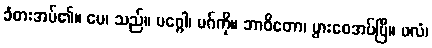
ခံစားအပ်၏။ မေ၊ သည်။ မဂ္ဂေါ၊ မဂ်ကို။ ဘာဝိတော၊ ပွားစေအပ်ပြီ။ ဖလံ၊